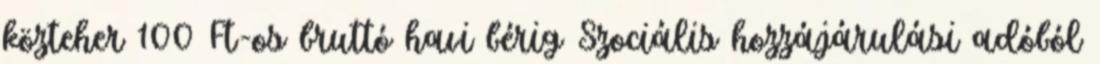
közteher 100 Ft-os bruttó havi bérig Szociális hozzájárulási adóból